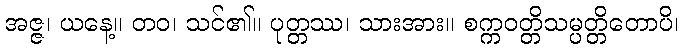
အဇ္ဇ၊ ယနေ့။ တဝ၊ သင်၏။ ပုတ္တဿ၊ သားအား။ စက္ကဝတ္တိသမ္ပတ္တိတောပိ၊